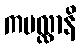
ကပလ္လာနိ